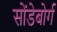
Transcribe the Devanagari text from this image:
सोंडेबोर्ग